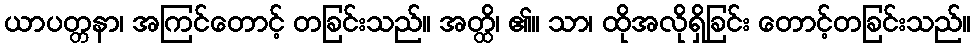
ယာပတ္တနာ၊ အကြင်တောင့် တခြင်းသည်။ အတ္ထိ၊ ၏။ သာ၊ ထိုအလိုရှိခြင်း တောင့်တခြင်းသည်။